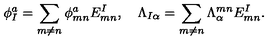
\phi _ { I } ^ { a } = \sum _ { m \ne n } \phi _ { m n } ^ { a } E _ { m n } ^ { I } , \quad \Lambda _ { I \alpha } = \sum _ { m \ne n } \Lambda _ { \alpha } ^ { m n } E _ { m n } ^ { I } .